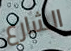
الشارع